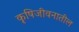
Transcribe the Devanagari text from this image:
कृषिजीवनातील